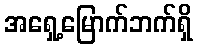
အရှေ့မြောက်ဘက်ရှိ